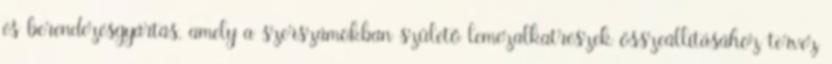
és berendezésgyártás, amely a szerszámokban születő lemezalkatrészek összeállításához tervez